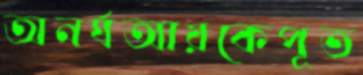
অনর্ঘআয়কেপূত